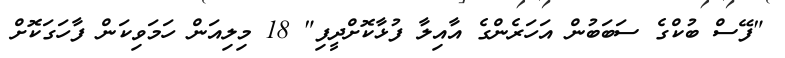
"ފޭސް ބުކްގެ ސަބަބުން އަހަރެންގެ އާއިލާ ފުޅާކޮށްދީފި" 18 މިލިއަން ހަމަވިކަން ފާހަގަކޮށް